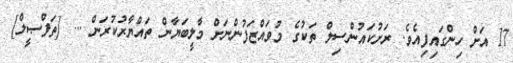
17 އަށް ހިންގައިފިއެވެ. ރަށުކައުންސިލް ތަކުގެ މުވައްޒަފުންނަށް މާލީބަޔާން ތައްޔާރުކުރަން ... [ތަފްޞީލް]